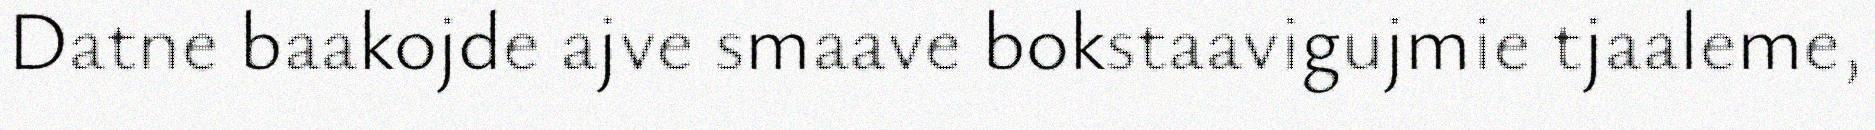
Datne baakojde ajve smaave bokstaavigujmie tjaaleme,